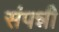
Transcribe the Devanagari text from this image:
संपन्नी